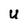
Character: U